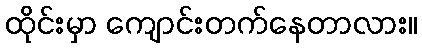
ထိုင်းမှာ ကျောင်းတက်နေတာလား။